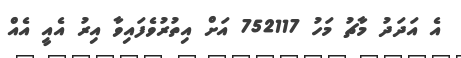
އެ އަދަދު މާޗު މަހު 752117 އަށް އިތުރުވެފައިވާ އިރު އެއީ އެއް